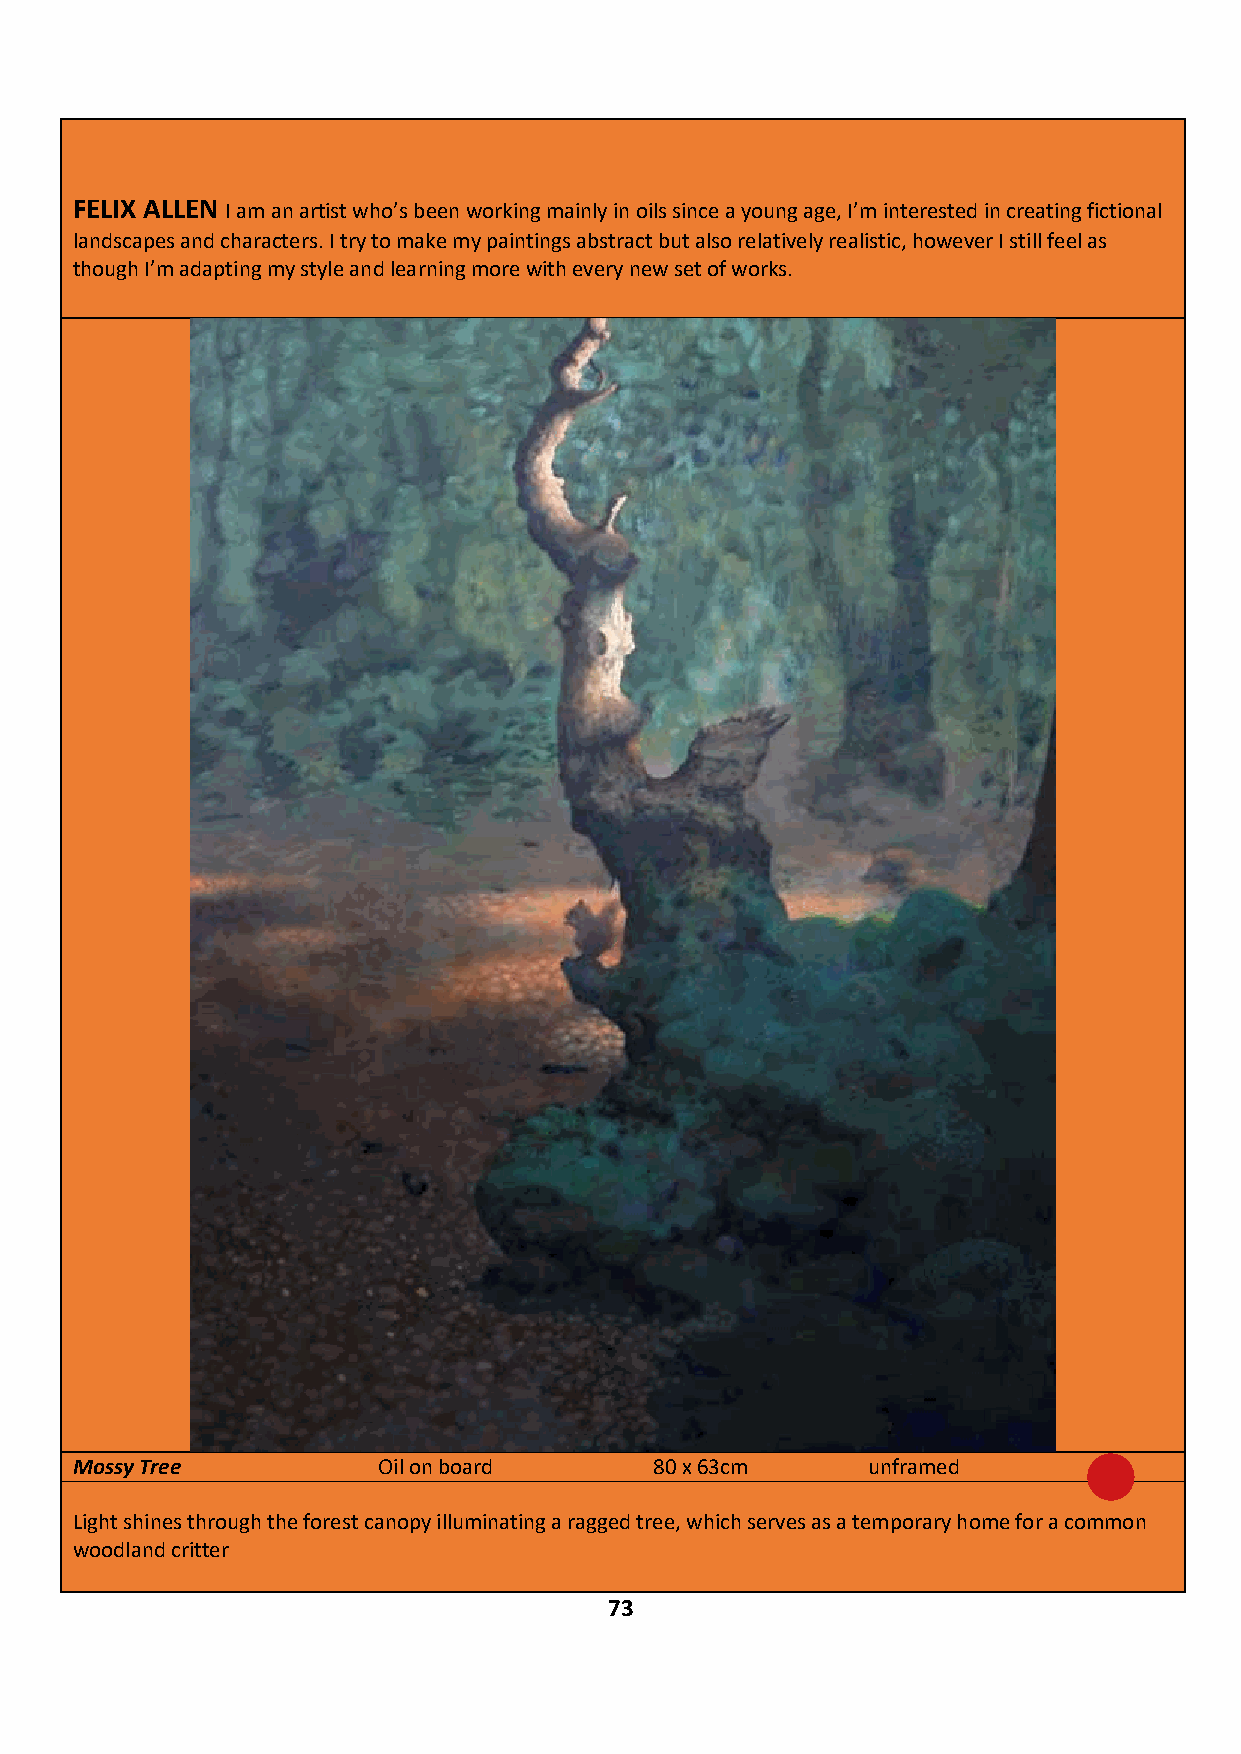
FELIX ALLEN I am an artist who’s been working mainly in oils since a young age, I’m interested in creating fictional
 landscapes and characters. I try to make my paintings abstract but also relatively realistic, however I still feel as
 though I’m adapting my style and learning more with every new set of works.
 Mossy Tree          Oil on board      80 x 63cm     unframed       £375
 Light shines through the forest canopy illuminating a ragged tree, which serves as a temporary home for a common
 woodland critter
 IF YOU ARE INTERESTED IN BUYING THIS WORK CONTACT: JAMES GLENNIE – 07799 307 437
 73